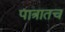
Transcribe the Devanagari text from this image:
पात्रातच